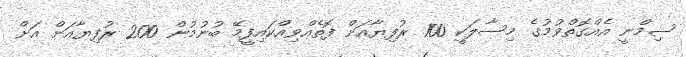
ޟިމްނީ އެއްގޮތްވުމުގެ މިސާލަކީ 100 ރުފިޔާއަށް ފޮތެއްވިއްކައިފީމޭ ބުނުމުން 200 ރުފިޔާއަށް އަށް